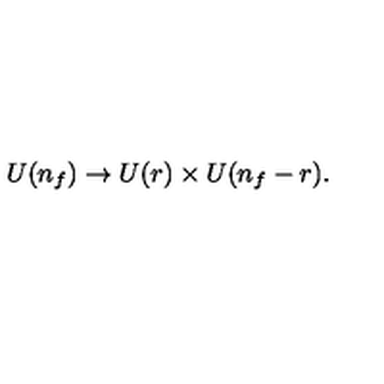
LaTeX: U ( n _ { f } ) \to U ( r ) \times U ( n _ { f } - r ) .